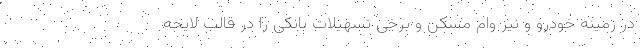
در زمینه خودرو و نیز وام مسکن و برخی تسهیلات بانکی را در قالب لایحه